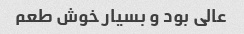
عالی بود و بسیار خوش طعم